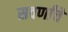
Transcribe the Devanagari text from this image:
सवर्णांचे